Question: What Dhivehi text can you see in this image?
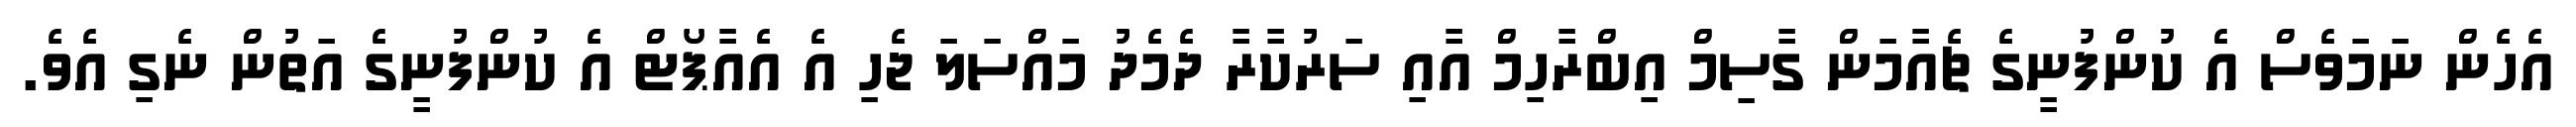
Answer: އެހެން ނަމަވެސް އެ ކުންފުނީގެ ޗެއާމަން ގާސިމް އިބްރާހިމް އާއި ސަރުކާރާ ދެމެދު މައްސަލަ ޖެހި އެ އެއާޕޯޓް އެ ކުންފުނީގެ އަތުން ނެގި އެވެ.